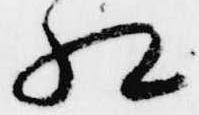
相